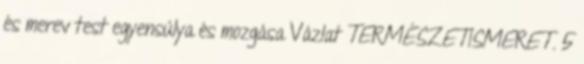
és merev test egyensúlya és mozgása Vázlat TERMÉSZETISMERET. 5